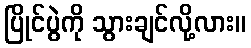
ပြိုင်ပွဲကို သွားချင်လို့လား။